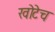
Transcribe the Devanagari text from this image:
खोटेच